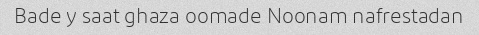
Bade y saat ghaza oomade Noonam nafrestadan